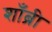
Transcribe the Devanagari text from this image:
शाँब्री